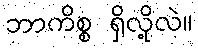
ဘာကိစ္စ ရှိလို့လဲ။